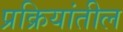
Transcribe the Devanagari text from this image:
प्रक्रियांतील